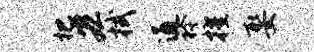
杷宏拭通衿擢娶